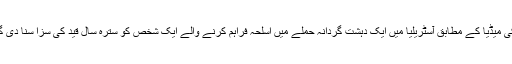
غیر ملکی میڈیا کے مطابق آسٹریلیا میں ایک دہشت گردانہ حملے میں اسلحہ فراہم کرنے والے ایک شخص کو سترہ سال قید کی سزا سنا دی گئی ہے۔